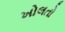
ખોલતો